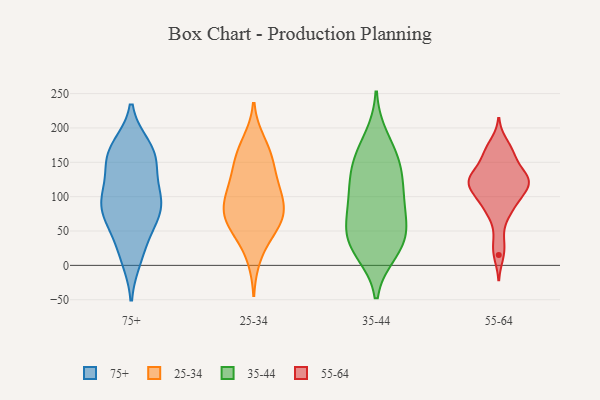
{"axis": {"x": "Page Views", "y": "Value"}, "legend": ["25-34", "35-44", "55-64", "75+"], "data": [{"x": "", "y": 161, "type": "75+"}, {"x": "", "y": 156, "type": "75+"}, {"x": "", "y": 70, "type": "75+"}, {"x": "", "y": 110, "type": "75+"}, {"x": "", "y": 92, "type": "75+"}, {"x": "", "y": 11, "type": "75+"}, {"x": "", "y": 95, "type": "75+"}, {"x": "", "y": 172, "type": "75+"}, {"x": "", "y": 146, "type": "75+"}, {"x": "", "y": 46, "type": "75+"}, {"x": "", "y": 156, "type": "75+"}, {"x": "", "y": 87, "type": "75+"}, {"x": "", "y": 17, "type": "75+"}, {"x": "", "y": 82, "type": "75+"}, {"x": "", "y": 104, "type": "75+"}, {"x": "", "y": 66, "type": "75+"}, {"x": "", "y": 170, "type": "75+"}, {"x": "", "y": 82, "type": "25-34"}, {"x": "", "y": 180, "type": "25-34"}, {"x": "", "y": 95, "type": "25-34"}, {"x": "", "y": 154, "type": "25-34"}, {"x": "", "y": 116, "type": "25-34"}, {"x": "", "y": 64, "type": "25-34"}, {"x": "", "y": 86, "type": "25-34"}, {"x": "", "y": 12, "type": "25-34"}, {"x": "", "y": 102, "type": "25-34"}, {"x": "", "y": 46, "type": "25-34"}, {"x": "", "y": 67, "type": "25-34"}, {"x": "", "y": 111, "type": "25-34"}, {"x": "", "y": 142, "type": "25-34"}, {"x": "", "y": 67, "type": "25-34"}, {"x": "", "y": 55, "type": "25-34"}, {"x": "", "y": 144, "type": "25-34"}, {"x": "", "y": 172, "type": "25-34"}, {"x": "", "y": 51, "type": "35-44"}, {"x": "", "y": 186, "type": "35-44"}, {"x": "", "y": 88, "type": "35-44"}, {"x": "", "y": 161, "type": "35-44"}, {"x": "", "y": 81, "type": "35-44"}, {"x": "", "y": 39, "type": "35-44"}, {"x": "", "y": 19, "type": "35-44"}, {"x": "", "y": 152, "type": "35-44"}, {"x": "", "y": 133, "type": "35-44"}, {"x": "", "y": 46, "type": "35-44"}, {"x": "", "y": 140, "type": "35-44"}, {"x": "", "y": 19, "type": "35-44"}, {"x": "", "y": 101, "type": "35-44"}, {"x": "", "y": 107, "type": "35-44"}, {"x": "", "y": 43, "type": "35-44"}, {"x": "", "y": 79, "type": "55-64"}, {"x": "", "y": 94, "type": "55-64"}, {"x": "", "y": 122, "type": "55-64"}, {"x": "", "y": 123, "type": "55-64"}, {"x": "", "y": 125, "type": "55-64"}, {"x": "", "y": 108, "type": "55-64"}, {"x": "", "y": 70, "type": "55-64"}, {"x": "", "y": 163, "type": "55-64"}, {"x": "", "y": 164, "type": "55-64"}, {"x": "", "y": 178, "type": "55-64"}, {"x": "", "y": 160, "type": "55-64"}, {"x": "", "y": 135, "type": "55-64"}, {"x": "", "y": 107, "type": "55-64"}, {"x": "", "y": 114, "type": "55-64"}, {"x": "", "y": 92, "type": "55-64"}, {"x": "", "y": 33, "type": "55-64"}, {"x": "", "y": 129, "type": "55-64"}, {"x": "", "y": 136, "type": "55-64"}, {"x": "", "y": 123, "type": "55-64"}, {"x": "", "y": 15, "type": "55-64"}]}